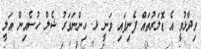
ވިދާޅުވީ އެ ޑޮލަރުތައް ފެނިފައި ވަނީ ޅ. ހިންނަވަރު ޝެލް ހުސެއިން އަލީ